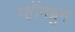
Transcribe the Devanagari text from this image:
व्हॉनब्रुग